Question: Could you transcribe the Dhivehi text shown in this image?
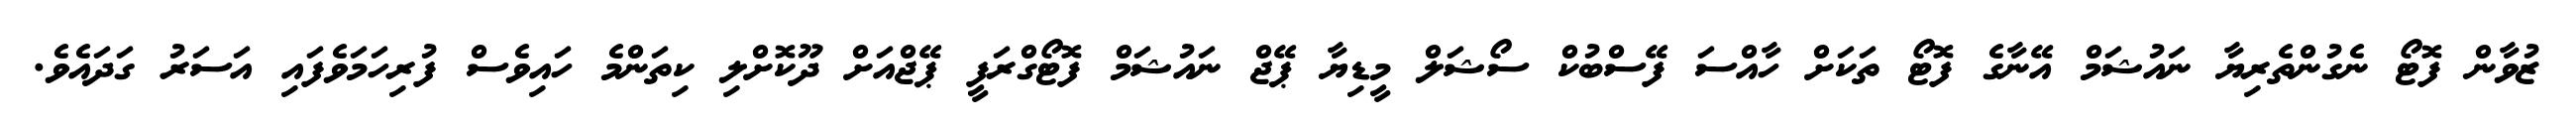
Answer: ޒުވާން ފޮޓޯ ނެގުންތެރިޔާ ނައުޝަމް އޭނާގެ ފޮޓޯ ތަކަށް ހާއްސަ ފޭސްބުކް ސޯޝަލް މީޑިޔާ ޕޭޖް ނައުޝަމް ފޮޓޯގްރަފީ ޕޭޖްއަށް ދޫކޮށްލި ކިތަންމެ ހައިވެސް ފުރިހަމަވެފައި އަސަރު ގަދައެވެ.